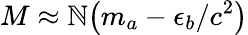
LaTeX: M\approx\mathbb{N}{\left(m_{a}-\epsilon_{b}/c^{2}\right)}